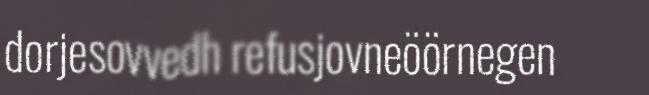
dorjesovvedh refusjovneöörnegen